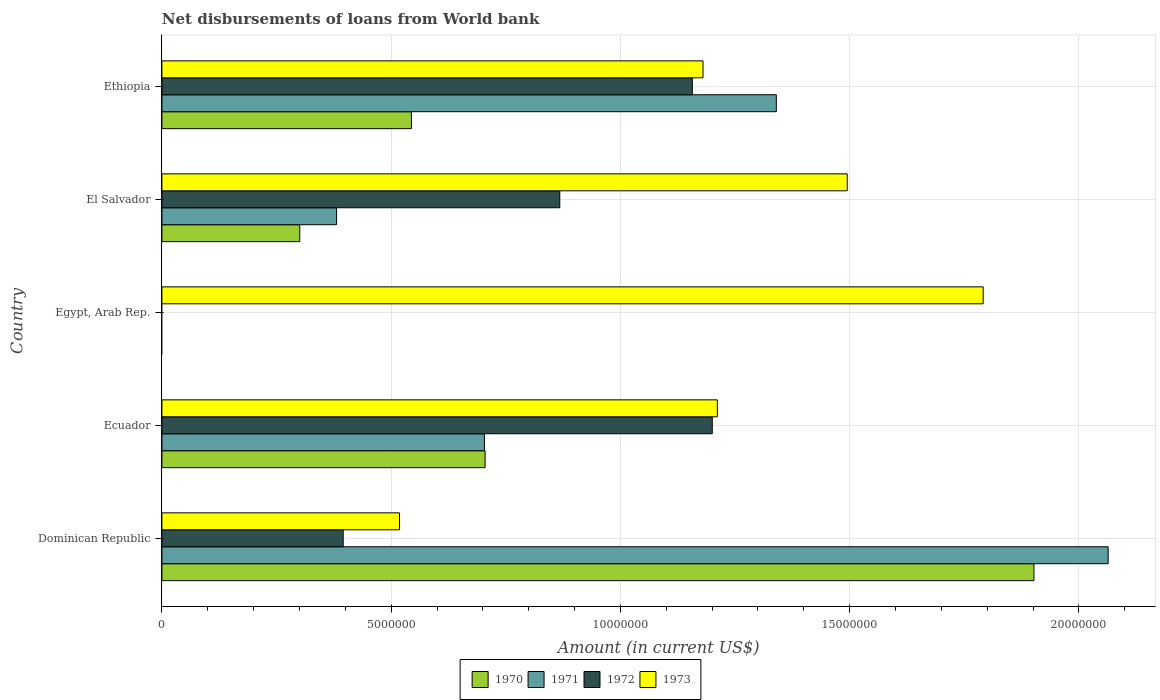
| Country | 1970 | 1971 | 1972 | 1973 |
 | --- | --- | --- | --- | --- |
 | Dominican Republic | 1.9e+07 | 2.06e+07 | 3.95e+06 | 5.18e+06 |
 | Ecuador | 7.05e+06 | 7.03e+06 | 1.2e+07 | 1.21e+07 |
 | Egypt, Arab Rep. | -5.5e+06 | -5.33e+06 | -4.51e+06 | 1.79e+07 |
 | El Salvador | 3.01e+06 | 3.81e+06 | 8.68e+06 | 1.49e+07 |
 | Ethiopia | 5.44e+06 | 1.34e+07 | 1.16e+07 | 1.18e+07 |